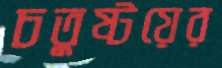
চতুষ্টয়ের